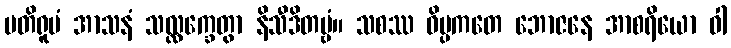
ပတိရူပံ အာသနံ သလ္လက္ခေတွာ နိသီဒိတဗ္ဗံ။ သစဿ ဝိပ္ပကတေ ဘောဇနေ အာစရိယော ဝါ